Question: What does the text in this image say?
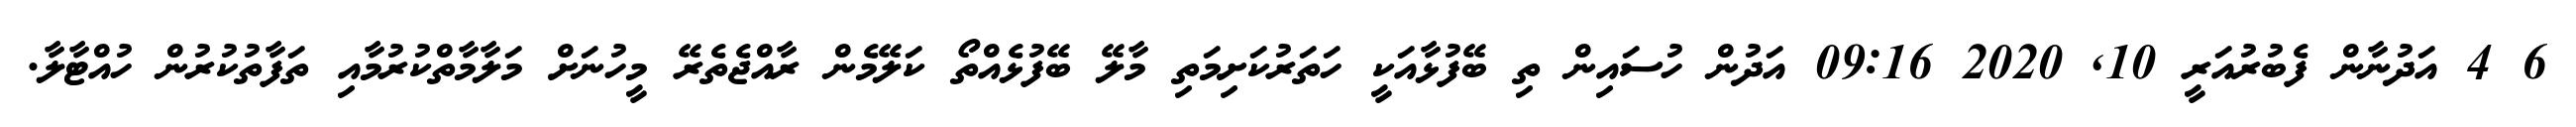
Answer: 6 4 އަދުނާން ފެބުރުއަރީ 10, 2020 09:16 އަދުން ހުސައިން ތި ބޭފުޅާއަކީ ހަތަރުކަށިމަތި މާލޭ ބޭފުޅެއްތޯ ކަލޭމެން ރާއްޖެތެރޭ މީހުނަށް މަލާމާތްކުރުމާއި ތަފާތުކުރުން ހުއްޓާލާ.